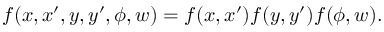
f ( x , x ^ { \prime } , y , y ^ { \prime } , \phi , w ) = f ( x , x ^ { \prime } ) f ( y , y ^ { \prime } ) f ( \phi , w ) .